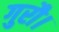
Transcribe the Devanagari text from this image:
गुरौ।